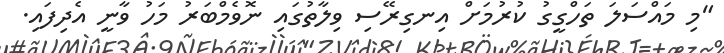
"މި މައްސަލަ ތަހްގީގު ކުރުމަށް އިނގިރޭސި ވިލާތުގައި ނޮވެމްބަރު މަހު ވާނީ އެދިފައި.